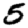
Digit: 5